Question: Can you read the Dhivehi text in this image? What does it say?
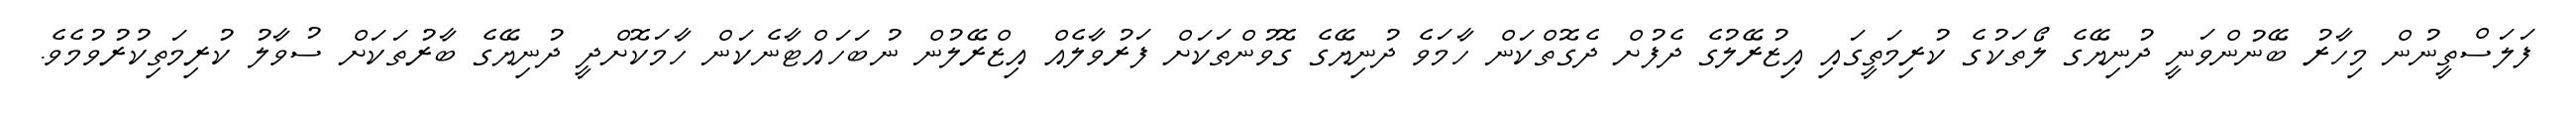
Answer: ފަލަސްތީނުން މިހާރު ބޭނުންވަނީ ދުނިޔޭގެ ލޯތަކުގެ ކުރިމަތީގައި އިޒުރޭލުގެ ދެފުށް ދެގޮތްކަން ހާމަވެ ދުނިޔޭގެ ގޮވުންތަކަށް ފަރުވާލެއް އިޒްރޭލުން ނުބަހައްޓާނެކަން ހާމަކޮށްދީ ދުނިޔޭގެ ބާރުތަކަށް ސުވާލު ކުރިމަތިކުރުވުމެވެ.